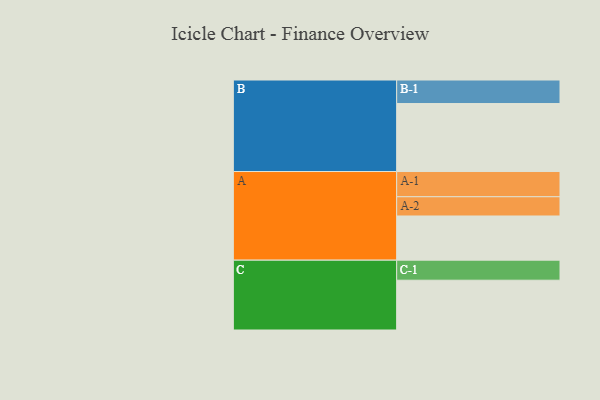
{"axis": {"x": "Segment", "y": "Value"}, "legend": ["", "A", "B", "C"], "data": [{"x": "A", "y": 340, "type": ""}, {"x": "B", "y": 523, "type": ""}, {"x": "C", "y": 383, "type": ""}, {"x": "A-1", "y": 194, "type": "A"}, {"x": "A-2", "y": 148, "type": "A"}, {"x": "B-1", "y": 181, "type": "B"}, {"x": "C-1", "y": 154, "type": "C"}]}